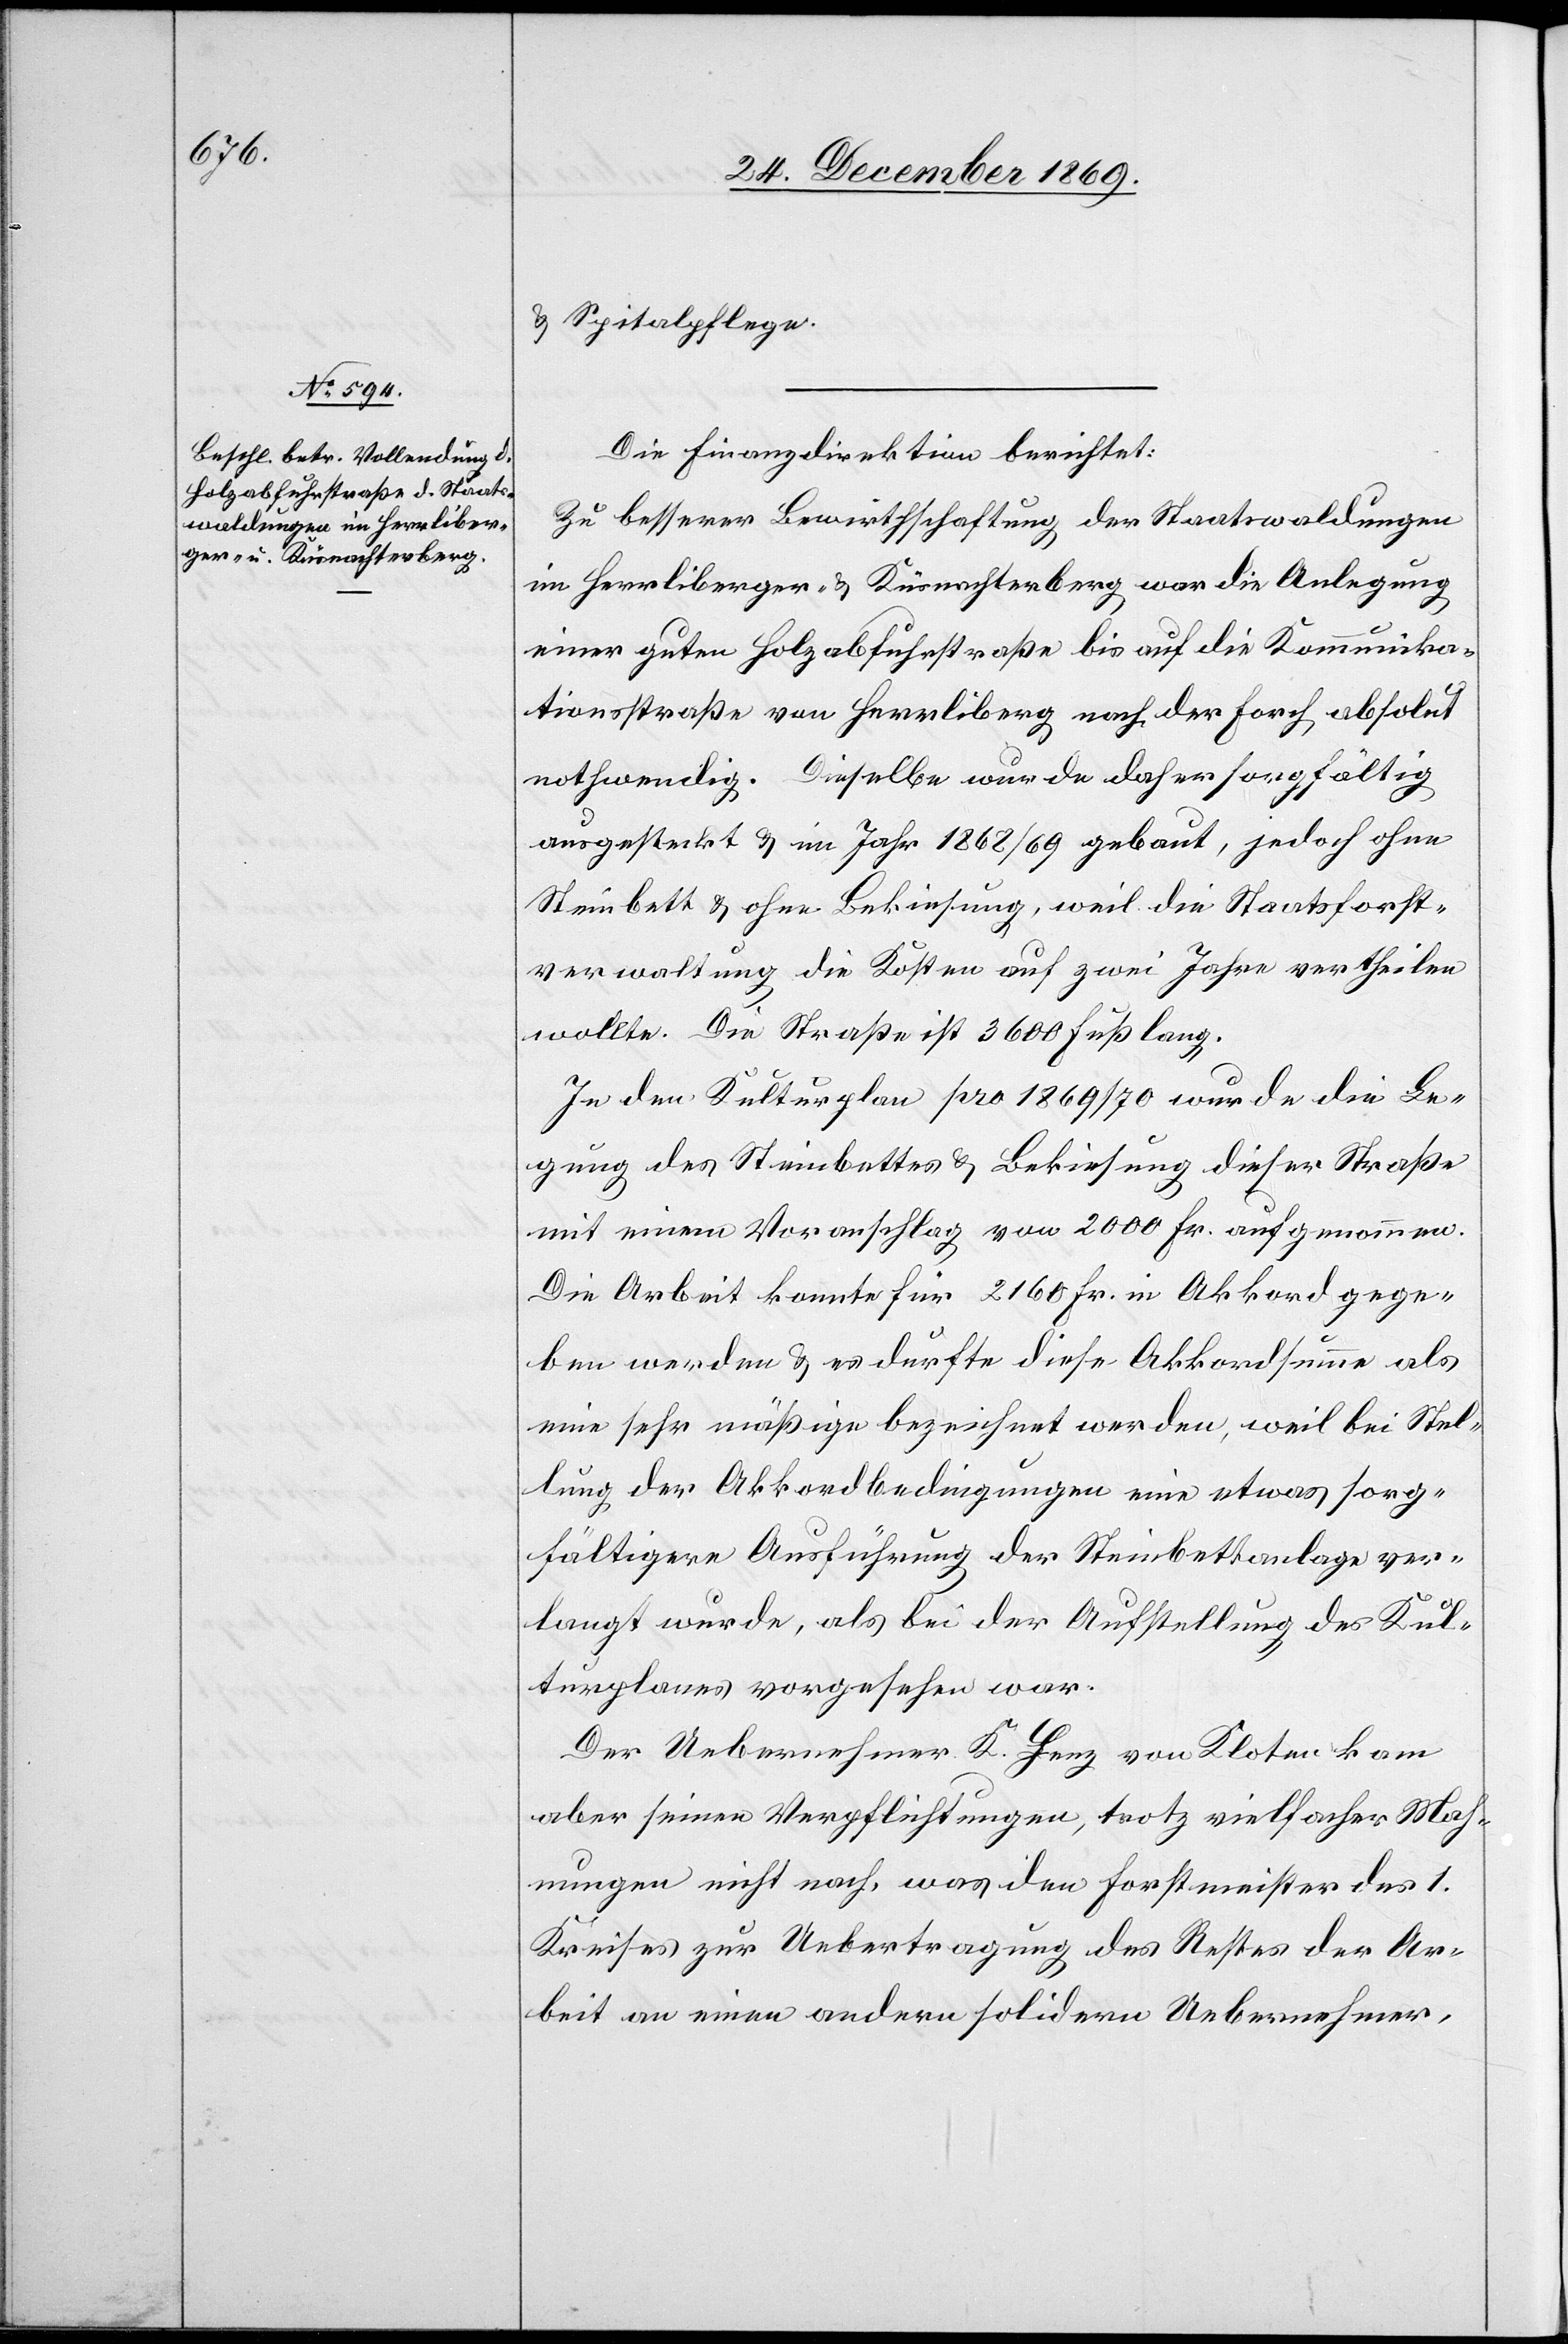
& Spitalpflege.
Die Finanzdirektion berichtet:
Zu besserer Bewirthschaftung der Staatswaldungen
im Herrliberger- & Küsnachterberg war die Anlegung
einer guten Holzabfuhrstraße bis auf die Kommunika¬
tionsstraße von Herrliberg nach der Forch absolut
nothwendig. Dieselbe wurde daher sorgfältig
ausgesteckt & im Jahr 1868/69 gebaut, jedoch ohne
Steinbett & ohne Bekiesung, weil die Staatsforst¬
verwaltung die Kosten auf zwei Jahre vertheilen
wollte. Die Straße ist 3600 Fuß lang.
In den Kulturplan pro 1869/70 wurde die Le¬
gung des Steinbettes & Bekiesung dieser Straße
mit einem Voranschlag von 2000 Fr. aufgenommen.
Die Arbeit konnte für 2160 Fr. in Akkord gege¬
ben werden & es durfte diese Akkordsumme als
eine sehr mäßige bezeichnet werden, weil bei Stel¬
lung der Akkordbedingungen eine etwas sorg¬
fältigere Ausführung der Steinbettanlage ver¬
langt wurde, als bei der Aufstellung des Kul¬
turplanes vorgesehen war.
Der Uebernehmer K. Henz von Kloten kam
aber seinen Verpflichtungen, trotz vielfacher Mah¬
nungen nicht nach, was den Forstmeister des 1.
Kreises zur Uebertragung des Restes der Ar¬
beit an einen andern solidern Uebernehmer,